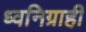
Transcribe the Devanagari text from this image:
ध्वनिग्राही